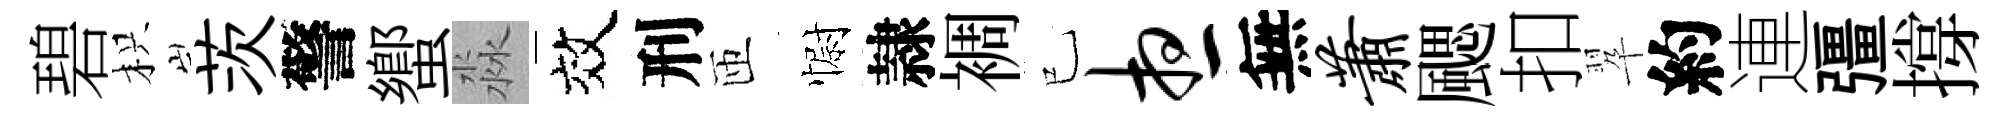
碧枳茨警蠁淼效刑匝𢠢隷裯已想無萧颸扣翆約連彊撐